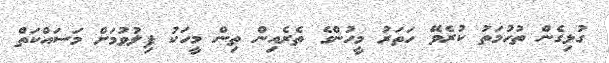
ގުޅިގެން ތުހުމަތު ކުރެވޭ ހަތަރު މީހުންގެ ތެރެއިން ތިން މީހަކު ފިލުވުމަށް މަސައްކަތް